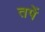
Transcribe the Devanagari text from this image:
तपें